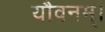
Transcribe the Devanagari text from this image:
यौवनम्।